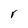
Character: r